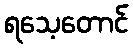
ရသေ့တောင်